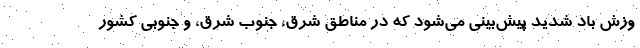
وزش باد شدید پیش‌بینی می‌شود که در مناطق شرق، جنوب شرق، و جنوبی کشور